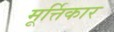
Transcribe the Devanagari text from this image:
मूर्त्तिकार